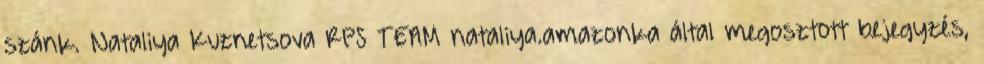
szánk. Nataliya Kuznetsova RPS TEAM nataliya.amazonka által megosztott bejegyzés,